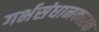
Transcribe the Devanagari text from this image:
गर्भसंधानकारक